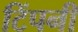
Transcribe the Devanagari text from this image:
टिंपनी